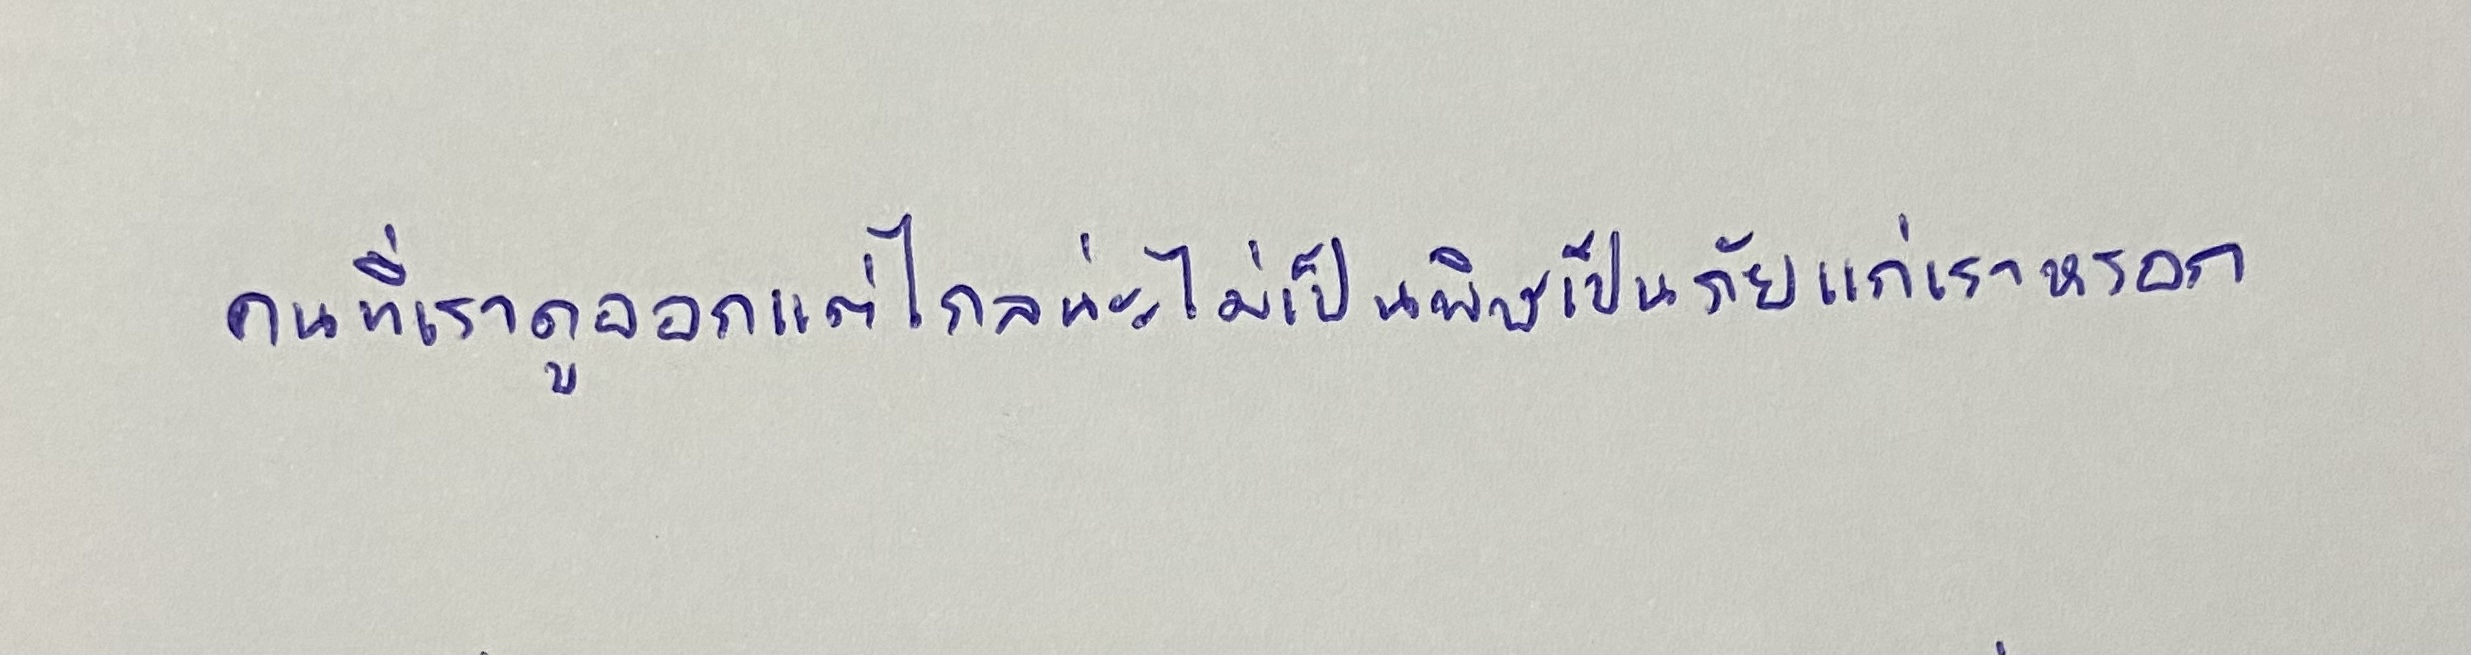
คนที่เราดูออกแต่ไกลน่ะไม่เป็นพิษเป็นภัยแก่เราหรอก